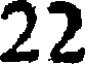
22